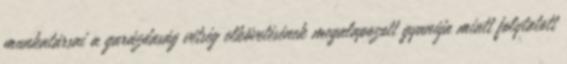
munkatársai a garázdaság vétség elkövetésének megalapozott gyanúja miatt folytatott